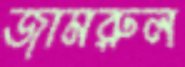
জামরুল